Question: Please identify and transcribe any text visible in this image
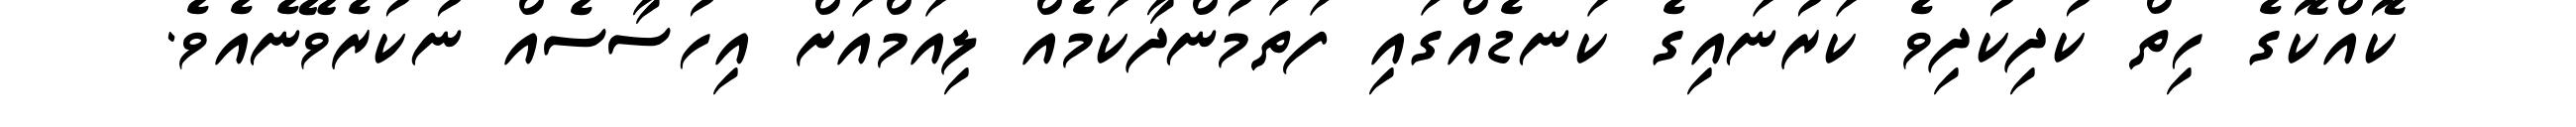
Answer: ކޮއްކޮގެ ހިތް ކުދިކުދިވެ ކަރުނައިގެ ކަނޑެއްގައި ފަތަމުންދާކަމެއް ލިއަމްއަށް އިހުސާސެއް ނުކުރެވޭނެއެވެ.